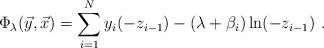
LaTeX: \begin{align*}\Phi_\lambda({\vec y},{\vec x}) =\sum_{i=1}^Ny_i(-z_{i-1})-(\lambda +\beta_i)\ln (-z_{i-1})~.\end{align*}